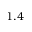
1 . 4